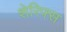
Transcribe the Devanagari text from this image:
शेरिफ्स